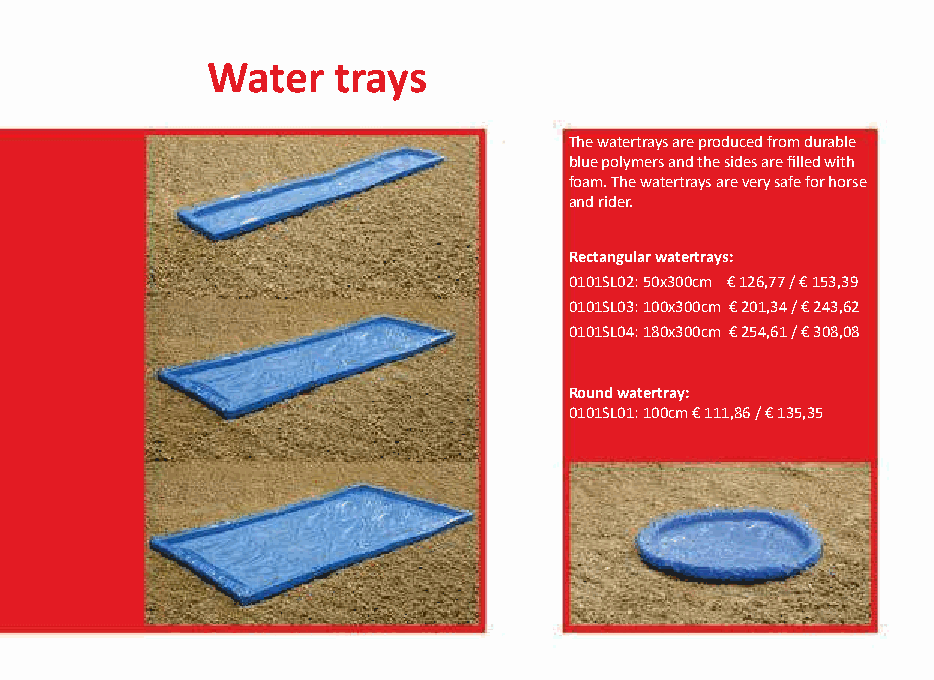
Water   trays
 The watertrays are produced from durable
 blue polymers and the sides are filled with
 foam. The watertrays are very safe for horse
 and rider.
 Rectangular watertrays:
 0101SL02: 50x300cm € 126,77 / € 153,39
 0101SL03: 100x300cm € 201,34 / € 243,62
 0101SL04: 180x300cm € 254,61 / € 308,08
 Round watertray:
 0101SL01: 100cm € 111,86 / € 135,35